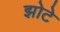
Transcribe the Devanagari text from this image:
झोटे